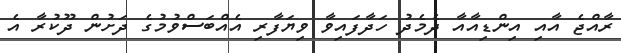
ރާއްޖެ އާއި އިންޑިއާއާ ދެމެދު ހަދާފައިވާ ވިޔަފާރި އެއްބަސްވުމުގެ ދަށުން ދޫކުރާ އެ